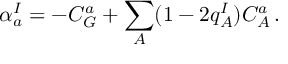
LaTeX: \alpha _ { a } ^ { I } = - C _ { G } ^ { a } + \sum _ { A } ( 1 - 2 q _ { A } ^ { I } ) C _ { A } ^ { a } \, .